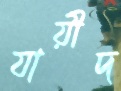
যায়ীদ